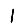
Digit: 1